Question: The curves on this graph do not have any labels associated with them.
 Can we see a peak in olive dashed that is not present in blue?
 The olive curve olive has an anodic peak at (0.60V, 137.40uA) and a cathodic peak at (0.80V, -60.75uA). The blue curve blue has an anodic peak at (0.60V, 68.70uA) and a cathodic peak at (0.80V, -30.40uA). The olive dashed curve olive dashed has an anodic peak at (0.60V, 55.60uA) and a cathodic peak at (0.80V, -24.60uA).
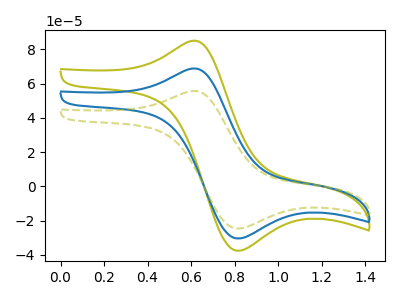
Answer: <think>All the peaks in "olive dashed" have a peak in "blue" at the same potential. Every peak in "olive dashed" is lower than every peak in "blue".
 </think>
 <answer>No, "olive dashed" and "blue" don't appear to be significantly different in shape</answer>
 <eval>no_change</eval>